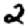
Digit: 2